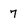
Character: 7